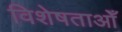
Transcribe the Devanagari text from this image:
विशेषताओँ